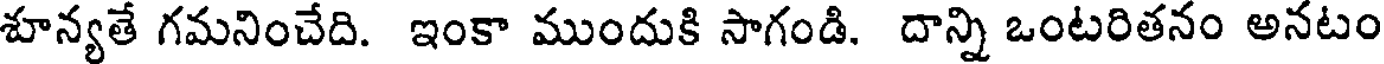
శూన్యతే గమనించేది. ఇంకా ముందుకి సాగండి. దాన్ని ఒంటరితనం అనటం